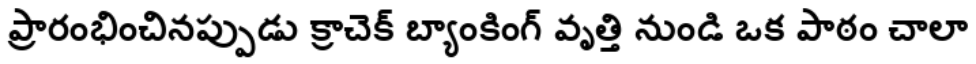
ప్రారంభించినప్పుడు క్రాచెక్ బ్యాంకింగ్ వృత్తి నుండి ఒక పాఠం చాలా